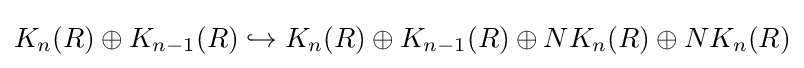
K_{n}(R)\oplus K_{n-1}(R)\hookrightarrow K_{n}(R)\oplus K_{n-1}(R)\oplus NK_{n}(R)\oplus NK_{n}(R)